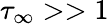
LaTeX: \tau_{\infty}>>1